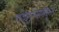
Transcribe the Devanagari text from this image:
थाइरोग्लोब्युलिन